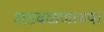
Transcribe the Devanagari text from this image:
अडवळणाच्या